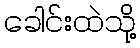
ခေါင်းထဲသို့